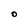
Character: O